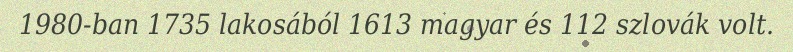
1980-ban 1735 lakosából 1613 magyar és 112 szlovák volt.